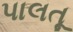
પાલતૂ